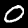
Label: 0